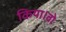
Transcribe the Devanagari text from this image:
किया।वो